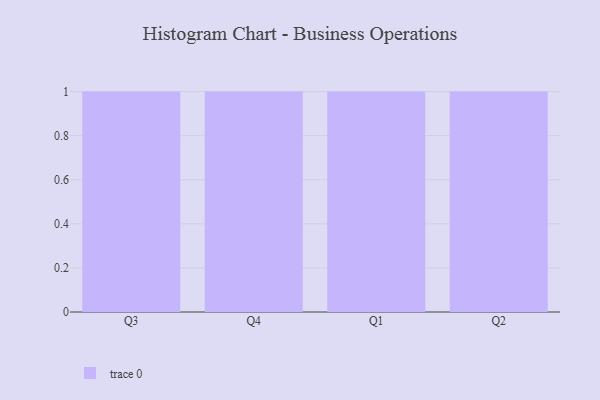
{"axis": {"x": "Quarter", "y": "Operating Costs (USD K)"}, "legend": [""], "data": [{"x": "Q3", "y": 77, "type": ""}, {"x": "Q4", "y": 90, "type": ""}, {"x": "Q1", "y": 22, "type": ""}, {"x": "Q2", "y": 29, "type": ""}]}